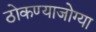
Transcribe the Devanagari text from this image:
ठोकण्याजोग्या